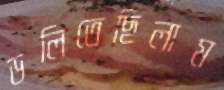
ডলিতেছিলাম